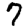
Digit: 7